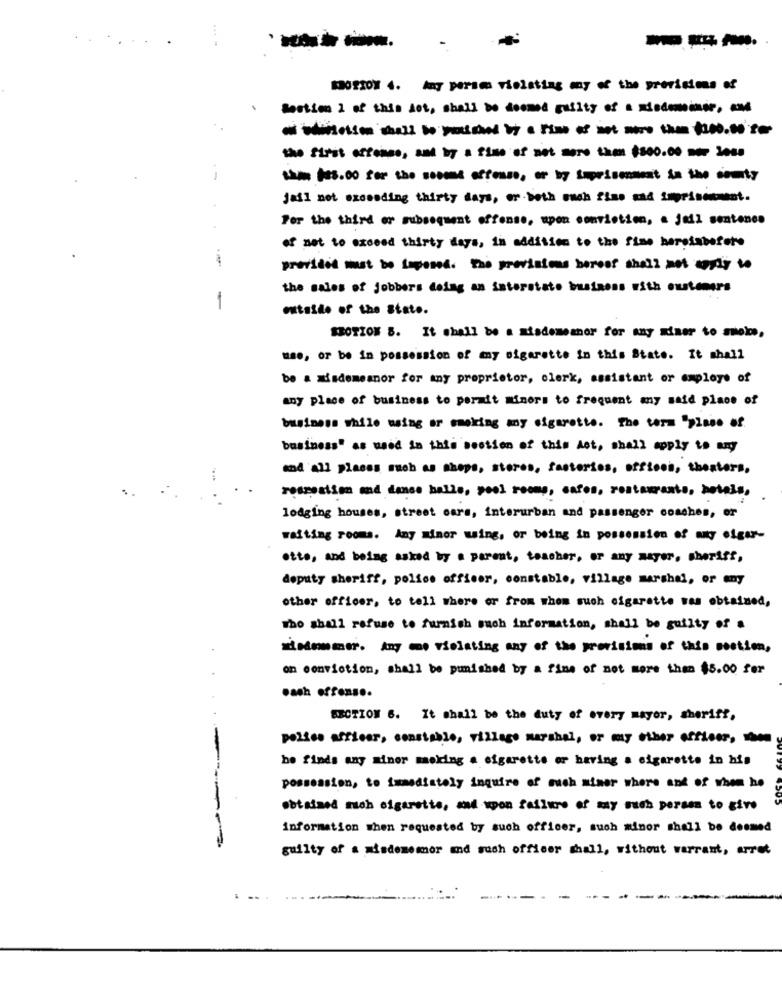
...
---
SOSION 4. my persms violating my of the provisions of
Section 1 of this dot, shall be doomed guilty of a ,
jasi not exceeding thirty days, or both auch fine mad imprisonment.
Per the third or subsequent offense, upen conviction, a jail sentence
of not to exceed thirty days, in addition to the fine hereisbefore
provided must be laposed. the provisions beroof shall not certy to
the sales of jobbers doing an interstate business with customers
1
outside of the State.
SBOTION 8. It shall be a misdemeanor for any miner to smolos.
use, or be in possession of my sigarette in this State. It mhall
be a Misdemeanor for any proprietor, clerk, assistant or employe of
any place of business to permit minors to frequent any said place of
business while using or smoking any cigarette. The term "plass of.
business" as used in this section of this Act, shall apply to any
and 'all plasss such as shops, stores, fasterios, offices, theaters,
respostion and dance halle, pool romp, caros, restaurants, betais,
lodging houses, street cars, interurban and passenger coaches, or
waiting rooms. Any Minor wing, or being in possession of any eiger-
ette, and being asked by a parent, teacher, or any mayer. sheriff,
deputy sheriff, police officer, constable, village marshal, or any
other officer, to tell where or from whom such cigarette was obtained,
The shall refuse to furnish such information, shall be guilty of a
misummer. Any mo violating may of the provisions of this postion,
on conviction, shall be punished by a fine of not more than $5.00 for
SECTION 6. It shall be the duty of every mayor, sheriff,
police officer, constable, village marshal, or my other officer, the
he finds any minor moking a cigarette or having a cigarette in his
possession, to immediately inquire of much miner where and of whom he
obtained moh cigarette, and upon failure of my such person to give
information when requested by such officer, such minor shall be deemed
guilty of a misdememor and such officer shall, without warrant, arret